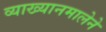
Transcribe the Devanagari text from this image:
व्याख्यानमालेने